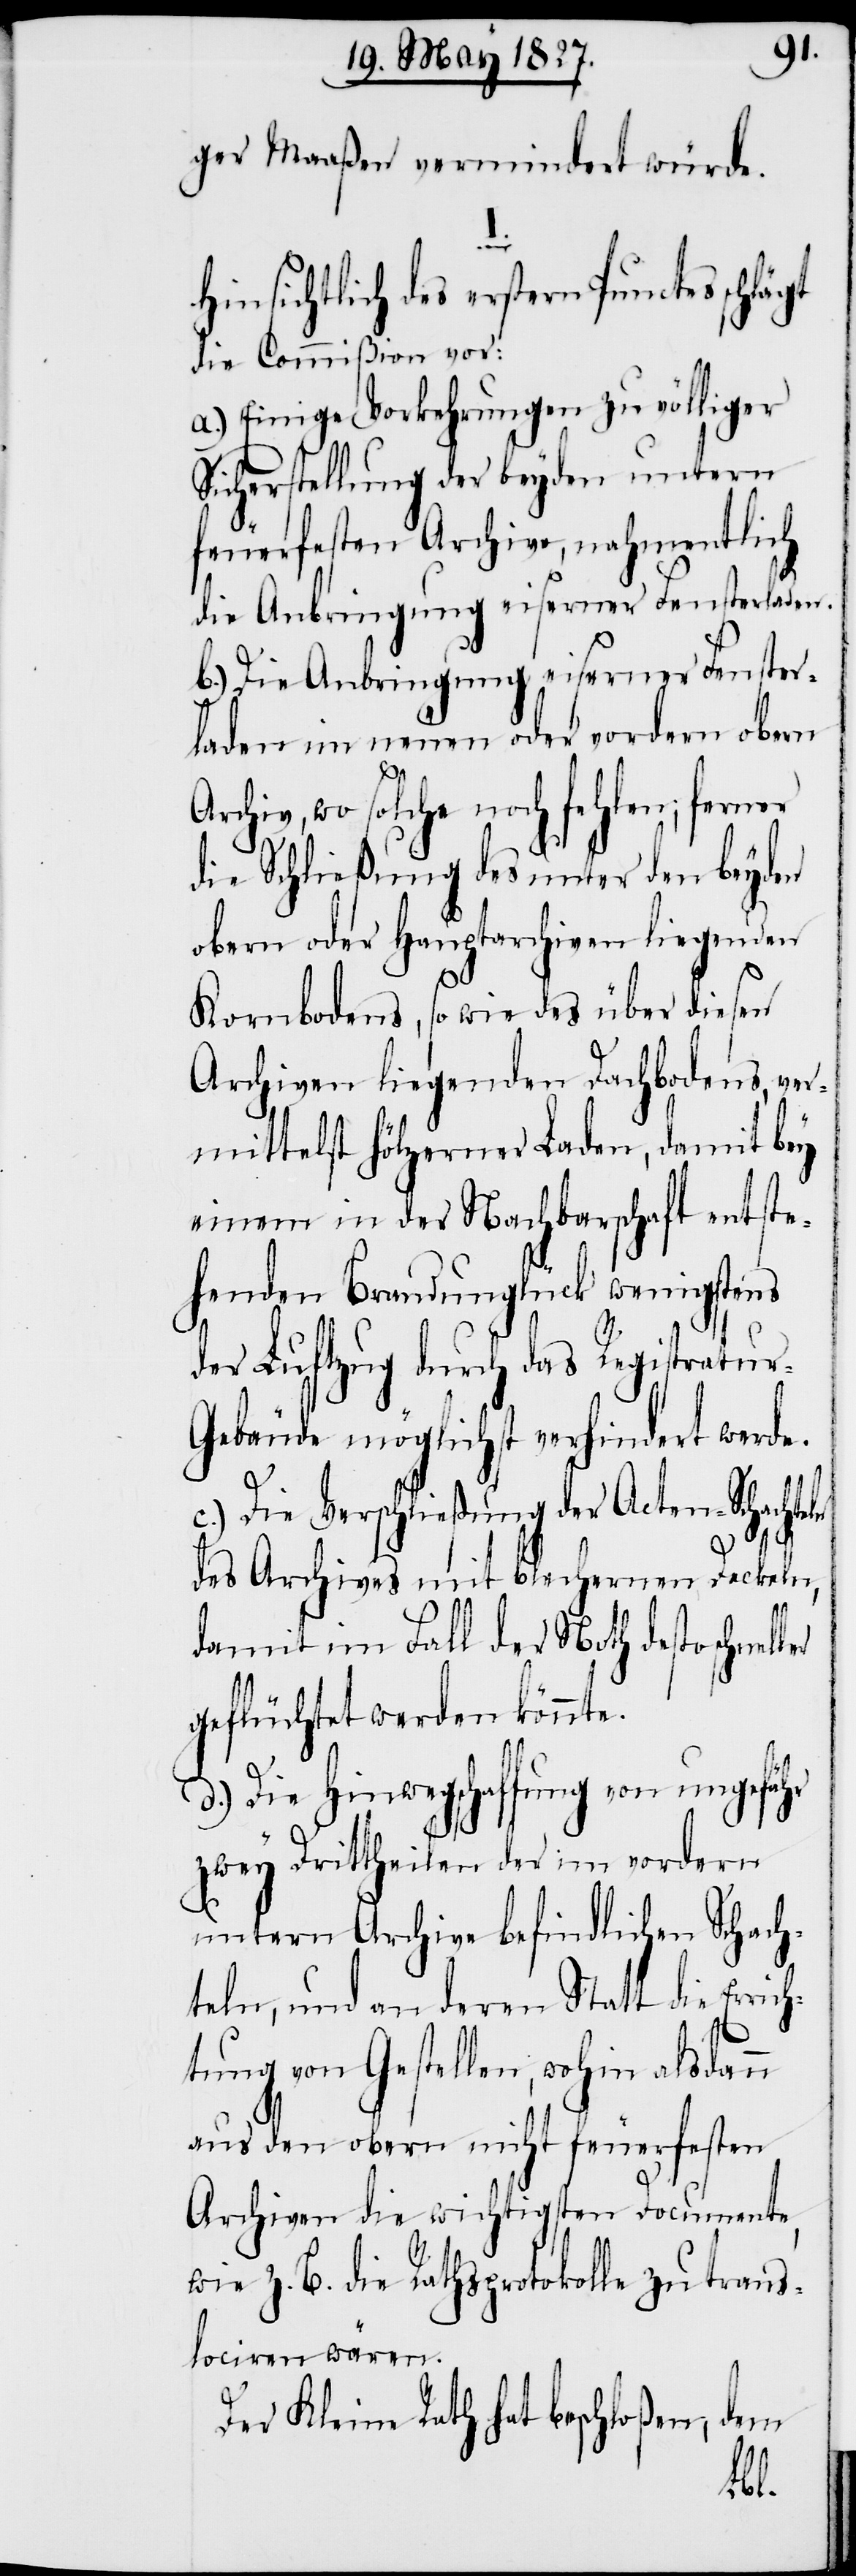
ger Maaßen vermindert würde.
I.
Hinsichtlich des erstern Punctes schlä¬
die Commißion vor:
a.) Einige Vorkehrungen zu völliger
Sicherstellung der beyden untern
feuerfesten Archive, nahmentlich
die Anbringung eiserner Fensterladen.
b.) Die Anbringung eiserner Fenster¬
laden im neuen oder vordern obern
wo solche noch fehlen; ferner
die Schließung des unter den beyden
obern oder Hauptarchiven liegenden
Kornbodens, so wie des über diesen
Archiven liegenden Dachbodens, ver¬
mittelst hölzerner Laden, damit bey
einem in der Nachbarschaft entste¬
henden Brandunglück wenigstens
der Luftzug durch das Registratu¬
ebäude möglichst verhindert werde.
c.) Die Verschließung der Acten-Schachte¬
ch¬
des Archives mit blechernen Deckeln,
n
damit im Fall der Noth desto schne¬
geflüchtet werden könnte.
d.) Die Hinwegschaffung von ungefähr
zwey Drittheilen der im vordern
untern Archive befindlichen Schach¬
teln, und an deren Statt die Erri¬
tung von Gestellen, wohin alsdan¬
aus den obern nicht feuerfesten
Archiven die wichtigsten Documente,
z. B. die Rathsprotokolle zu trans¬
lociren wären.
dem
Der Kleine Rath hat beschloßen,
ller